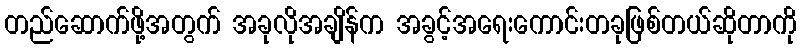
တည်ဆောက်ဖို့အတွက် အခုလိုအချိန်က အခွင့်အရေးကောင်းတခုဖြစ်တယ်ဆိုတာကို